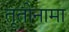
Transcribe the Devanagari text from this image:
तूतीनामा